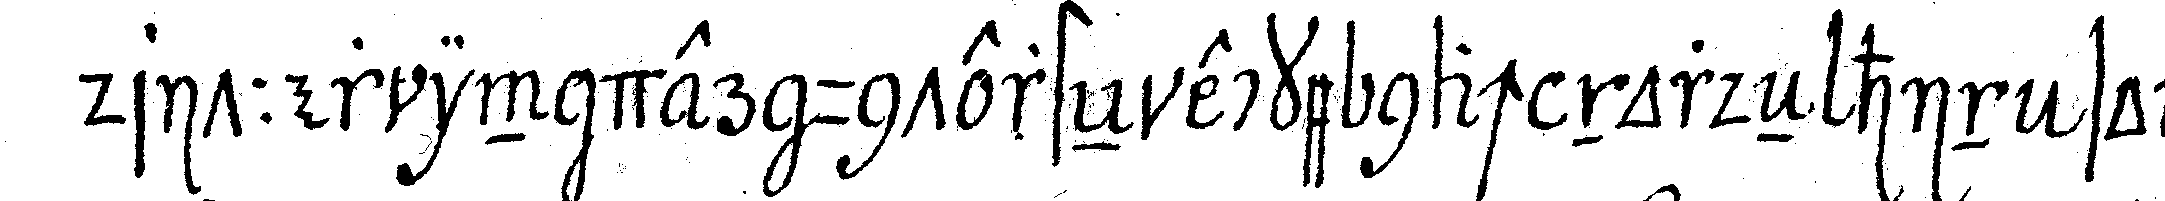
dritter in der untersteN ecke nach nordeN hin so